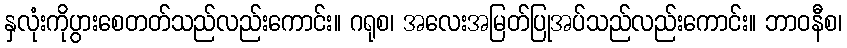
နှလုံးကိုပွားစေတတ်သည်လည်းကောင်း။ ဂရုစ၊ အလေးအမြတ်ပြုအပ်သည်လည်းကောင်း။ ဘာဝနီစ၊